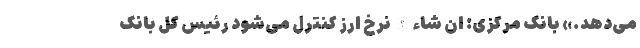
می‌دهد.» بانک مرکزی: ان شاء‌الله نرخ ارز کنترل می‌شود رئیس کل بانک